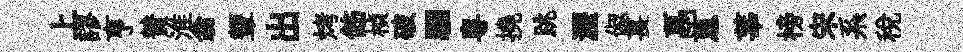
上謬亨賛淮翕顰出烤飭楨破駰粤撓跳瀝俶萇鬲蔥莘榜宋系稅